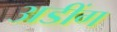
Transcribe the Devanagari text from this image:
अडींग